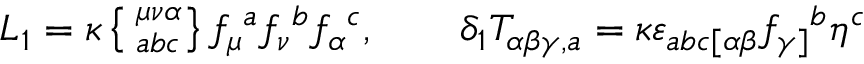
{ \cal L } _ { 1 } = \kappa \left\{ \phantom { | } _ { a b c } ^ { \mu \nu \alpha } \right\} f _ { \mu } { } ^ { a } f _ { \nu } { } ^ { b } f _ { \alpha } { } ^ { c } , \qquad \delta _ { 1 } T _ { \alpha \beta \gamma , a } = \kappa \varepsilon _ { a b c [ \alpha \beta } f _ { \gamma ] } { } ^ { b } \eta ^ { c }